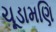
ચૂડામણિ